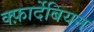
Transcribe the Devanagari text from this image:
क्फ़ार्देबियन